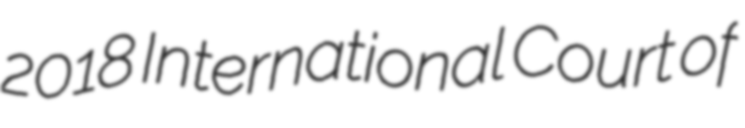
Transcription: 2018 International Court of